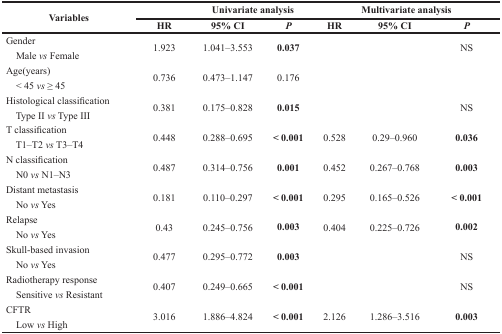
<table><thead><tr><td rowspan="2"><b>Variables</b></td><td colspan="3"><b>Univariate analysis</b></td><td colspan="3"><b>Multivariate analysis</b></td></tr><tr><td><b>HR</b></td><td><b>95% CI</b></td><td><b><i>P</i></b></td><td><b>HR</b></td><td><b>95% CI</b></td><td><b><i>P</i></b></td></tr></thead><tbody><tr><td>Gender Male <i>vs</i> Female</td><td>1.923</td><td>1.041–3.553</td><td><b>0.037</b></td><td></td><td></td><td>NS</td></tr><tr><td>Age(years) &lt; 45 <i>vs</i> ≥ 45</td><td>0.736</td><td>0.473–1.147</td><td>0.176</td><td></td><td></td><td></td></tr><tr><td>Histological classification Type II <i>vs</i> Type III</td><td>0.381</td><td>0.175–0.828</td><td><b>0.015</b></td><td></td><td></td><td>NS</td></tr><tr><td>T classification T1–T2 <i>vs</i> T3–T4</td><td>0.448</td><td>0.288–0.695</td><td><b>&lt; 0.001</b></td><td>0.528</td><td>0.29–0.960</td><td><b>0.036</b></td></tr><tr><td>N classification N0 <i>vs</i> N1–N3</td><td>0.487</td><td>0.314–0.756</td><td><b>0.001</b></td><td>0.452</td><td>0.267–0.768</td><td><b>0.003</b></td></tr><tr><td>Distant metastasis No <i>vs</i> Yes</td><td>0.181</td><td>0.110–0.297</td><td><b>&lt; 0.001</b></td><td>0.295</td><td>0.165–0.526</td><td><b>&lt; 0.001</b></td></tr><tr><td>Relapse No <i>vs</i> Yes</td><td>0.43</td><td>0.245–0.756</td><td><b>0.003</b></td><td>0.404</td><td>0.225–0.726</td><td><b>0.002</b></td></tr><tr><td>Skull-based invasion No <i>vs</i> Yes</td><td>0.477</td><td>0.295–0.772</td><td><b>0.003</b></td><td></td><td></td><td>NS</td></tr><tr><td>Radiotherapy response Sensitive <i>vs</i> Resistant</td><td>0.407</td><td>0.249–0.665</td><td><b>&lt; 0.001</b></td><td></td><td></td><td>NS</td></tr><tr><td>CFTR Low <i>vs</i> High</td><td>3.016</td><td>1.886–4.824</td><td><b>&lt; 0.001</b></td><td>2.126</td><td>1.286–3.516</td><td><b>0.003</b></td></tr></tbody></table>